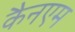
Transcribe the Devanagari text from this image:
कैनएम